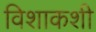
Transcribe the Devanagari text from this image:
विशाकशी